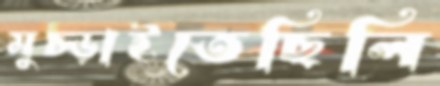
মুচ্‌ড়াইতেছিলি